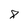
Character: 8